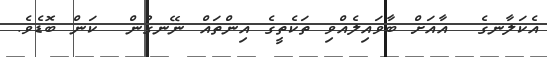
އެކަލާނގެ  އާއަށް ބާވައިލެއްވި ތަކެތީގެ އިންތައް ނޭނގުން  ކަން ބޮޑެވެ.